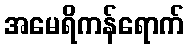
အမေရိကန်ရောက်